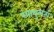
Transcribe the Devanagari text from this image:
स्पाथुलता